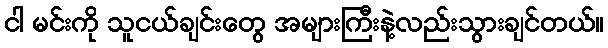
ငါ မင်းကို သူငယ်ချင်းတွေ အများကြီးနဲ့လည်းသွားချင်တယ်။